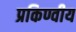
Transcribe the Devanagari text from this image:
प्रकिण्वीय